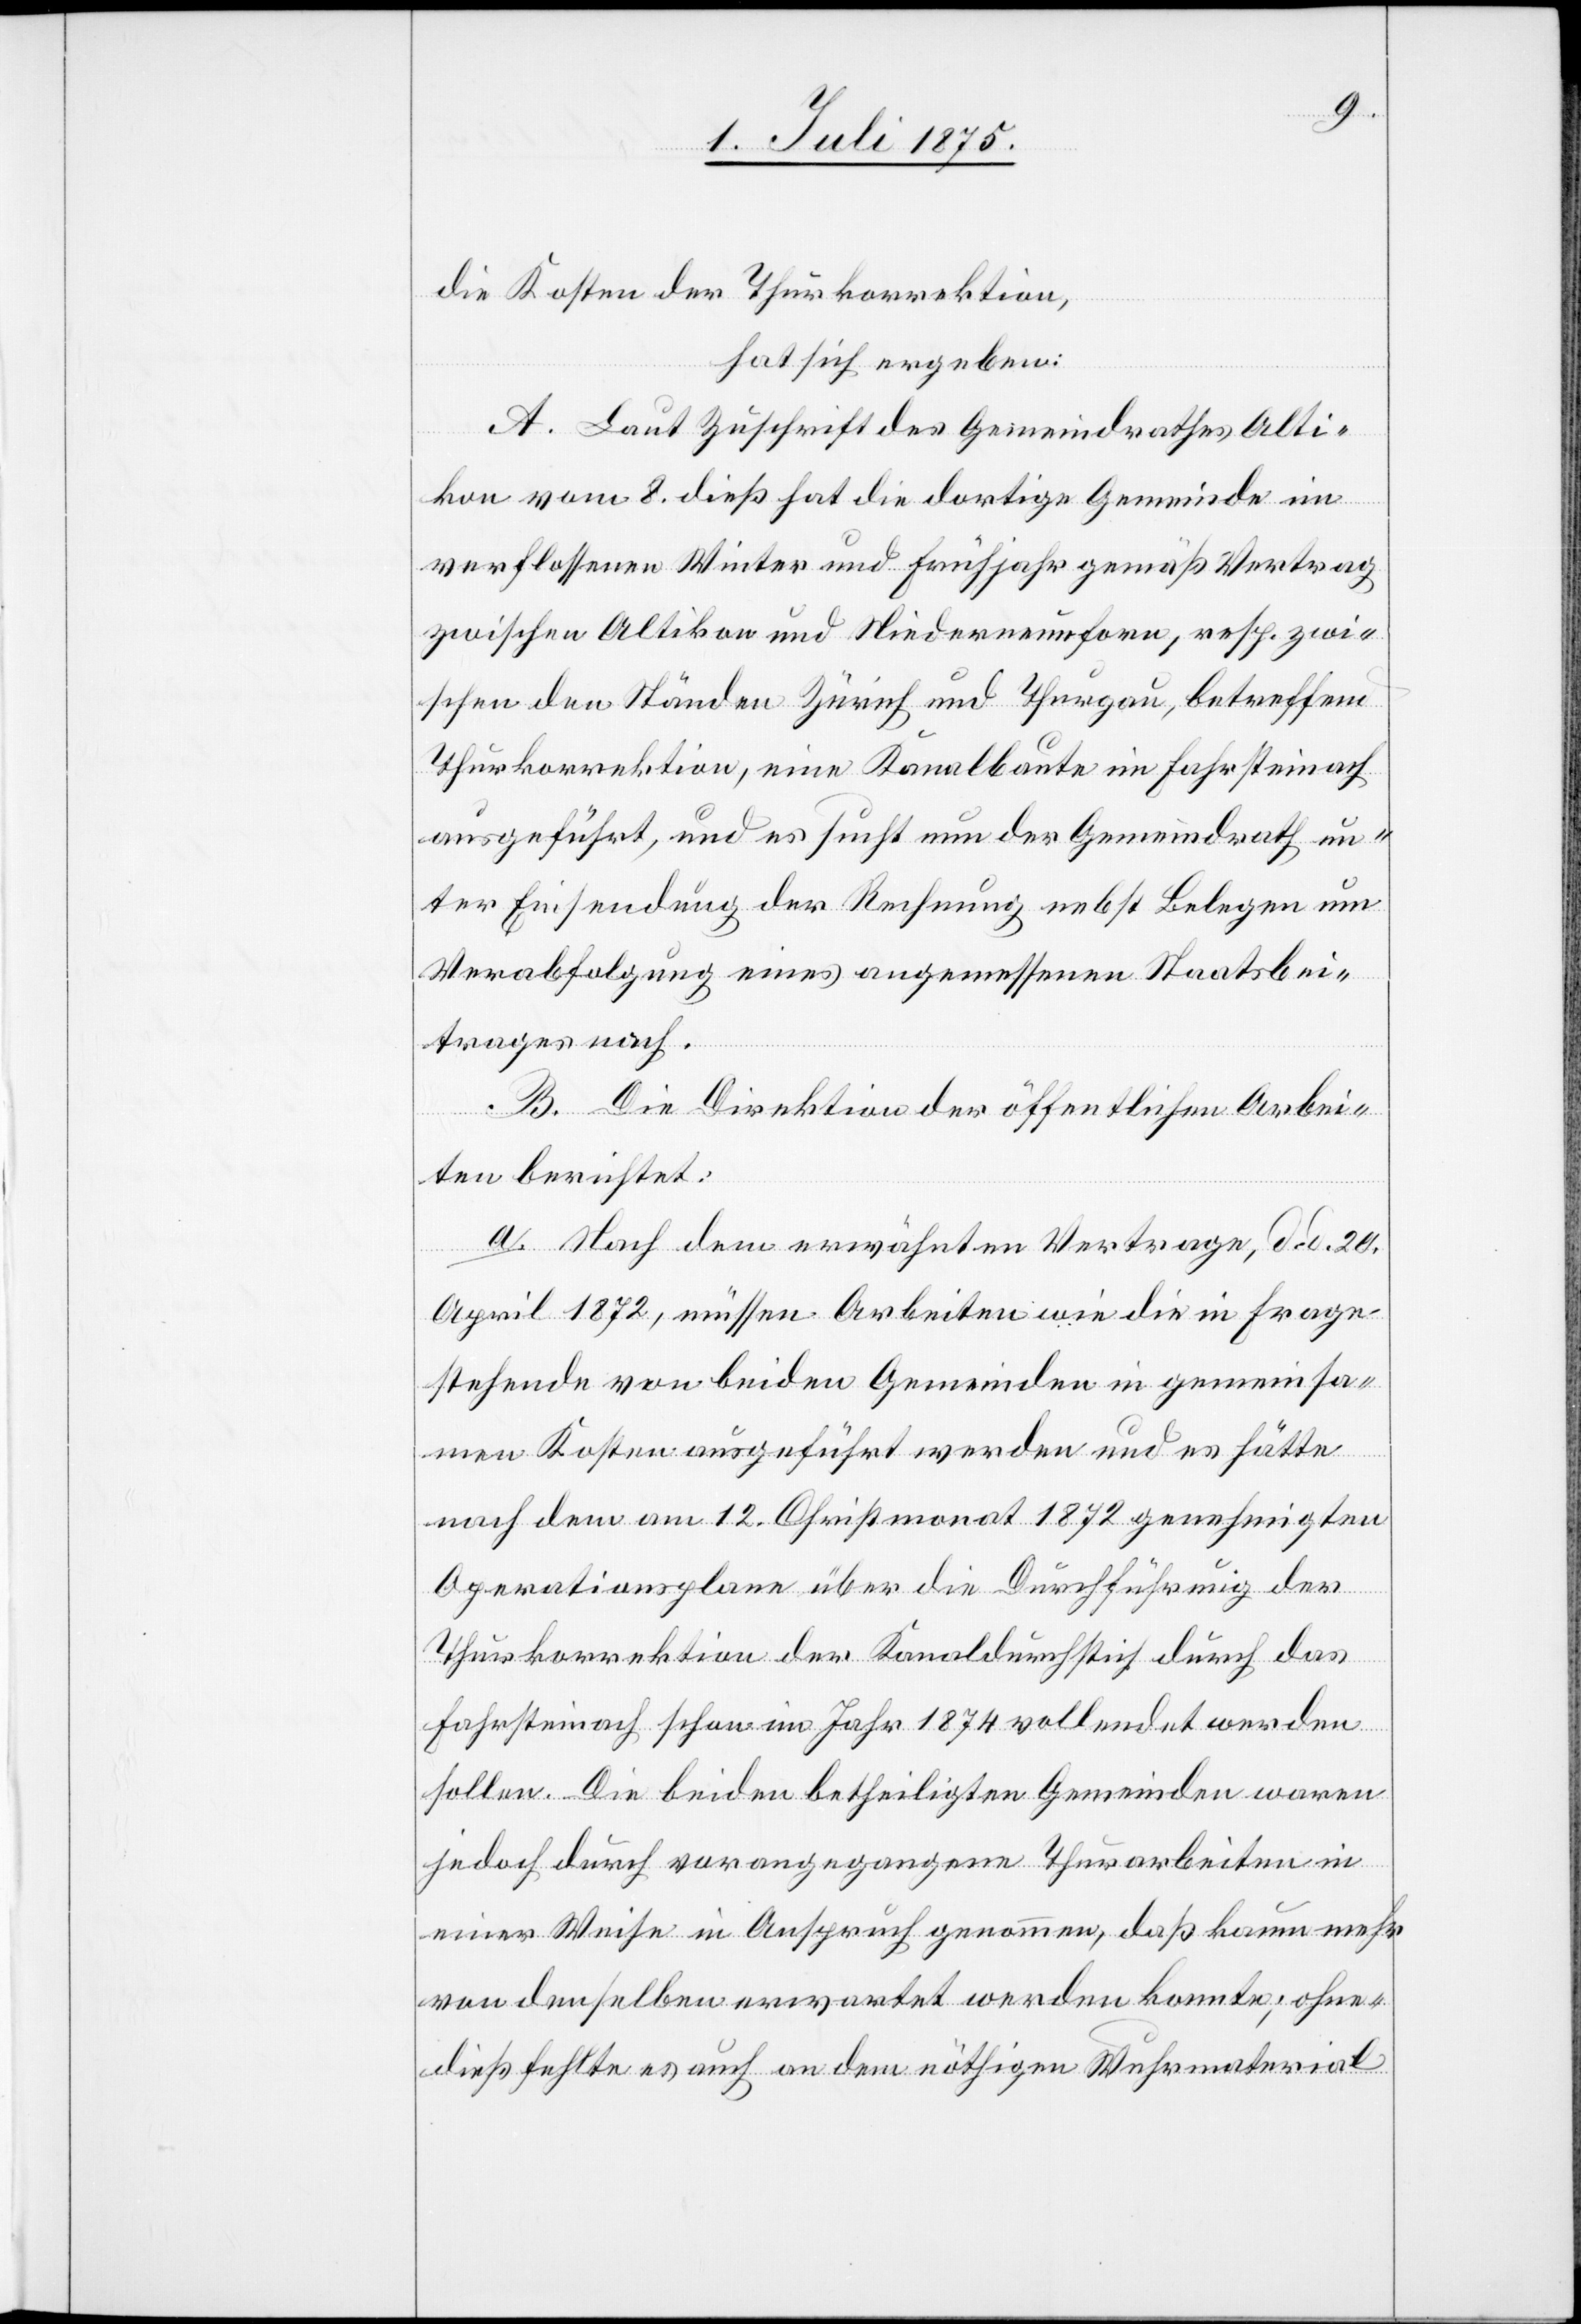
die Kosten der Thurkorrektion,
hat sich ergeben:
A. Laut Zuschrift des Gemeindrathes Alti¬
kon vom 8. dieß. hat die dortige Gemeinde im
verflossenen Winter und Frühjahr gemäß Vertrag
zwischen Altikon und Niederneunforn, resp. zwi¬
schen den Ständen Zürich und Thurgau, betreffend
Thurkorrektion, eine Kanalbaute im Fahrsteinach
ausgeführt, und es sucht nun der Gemeindrath un¬
ter Einsendung der Rechnung nebst Belegen um
Verabfolgung eines angemessenen Staatsbei¬
trages nach.
B. Die Direktion der öffentlichen Arbei¬
ten berichtet:
a. Nach dem erwähnten Vertrage, d. d. 20.
April 1872, müssen Arbeiten wie die in Frage
stehende von beiden Gemeinden in gemeinsa¬
men Kosten ausgeführt werden und es hätte
nach dem am 12. Christmonat 1872 genehmigten
Operationsplane über die Durchführung der
Thurkorrektion der Kanaldurchstich durch das
Fahrsteinach schon im Jahr 1874 vollendet werden
sollen. Die beiden betheiligten Gemeinden waren
jedoch durch vorangegangene Thurarbeiten in
einer Weise in Anspruch genommen, daß kaum mehr
von denselben erwartet werden konnte; ohne¬
dieß fehlte es auch an dem nöthigen Wuhrmaterial.